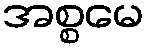
အစ္စမေ